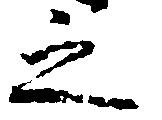
之